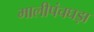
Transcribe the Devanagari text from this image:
मालीपंचघड़ा